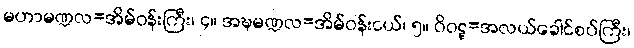
မဟာမဏ္ဍလ=အိမ်ဝန်းကြီး၊ ၄။ အဍ္ဎမဏ္ဍလ=အိမ်ဝန်းငယ်၊ ၅။ ဝိဝဋ္ဋ=အလယ်ခေါင်စပ်ကြီး၊